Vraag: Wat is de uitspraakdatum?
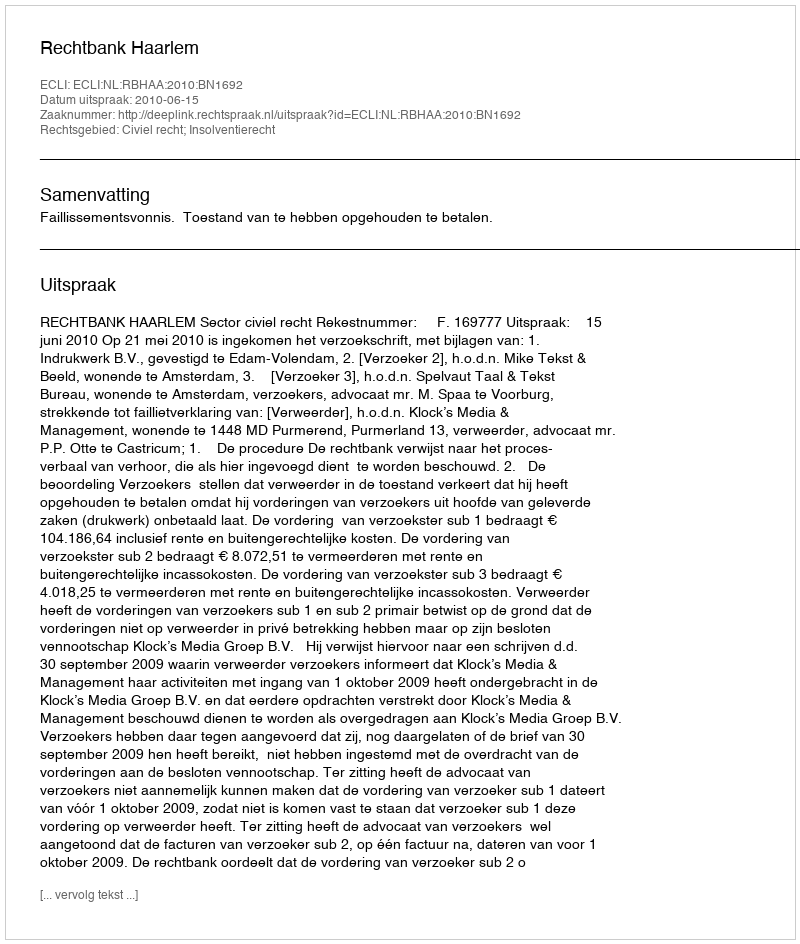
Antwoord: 2010-06-15